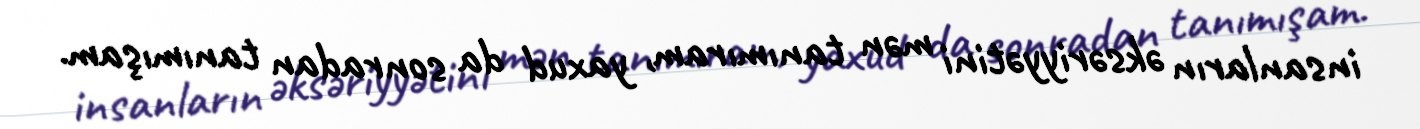
insanların əksəriyyətini mən tanımıram, yaxud da sonradan tanımışam.